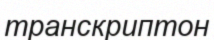
транскриптон